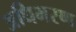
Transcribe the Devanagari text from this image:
अधिभरण